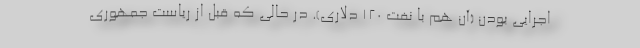
اجرایی بودن (آن هم با نفت 120 دلاری). در حالی که قبل از ریاست جمهوری